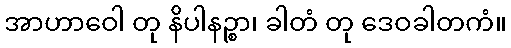
အာဟာဝေါ တု နိပါနဉ္စာ၊ ခါတံ တု ဒေဝခါတကံ။